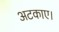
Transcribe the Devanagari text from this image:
अटकाए।